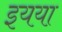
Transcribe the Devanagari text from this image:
इयया